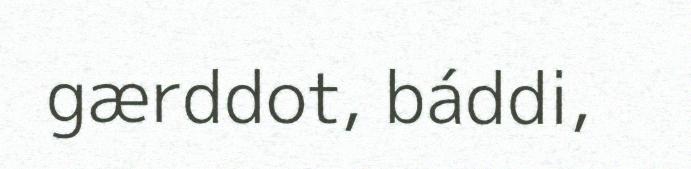
gærddot, báddi,